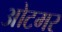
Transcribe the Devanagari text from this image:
ओटमर